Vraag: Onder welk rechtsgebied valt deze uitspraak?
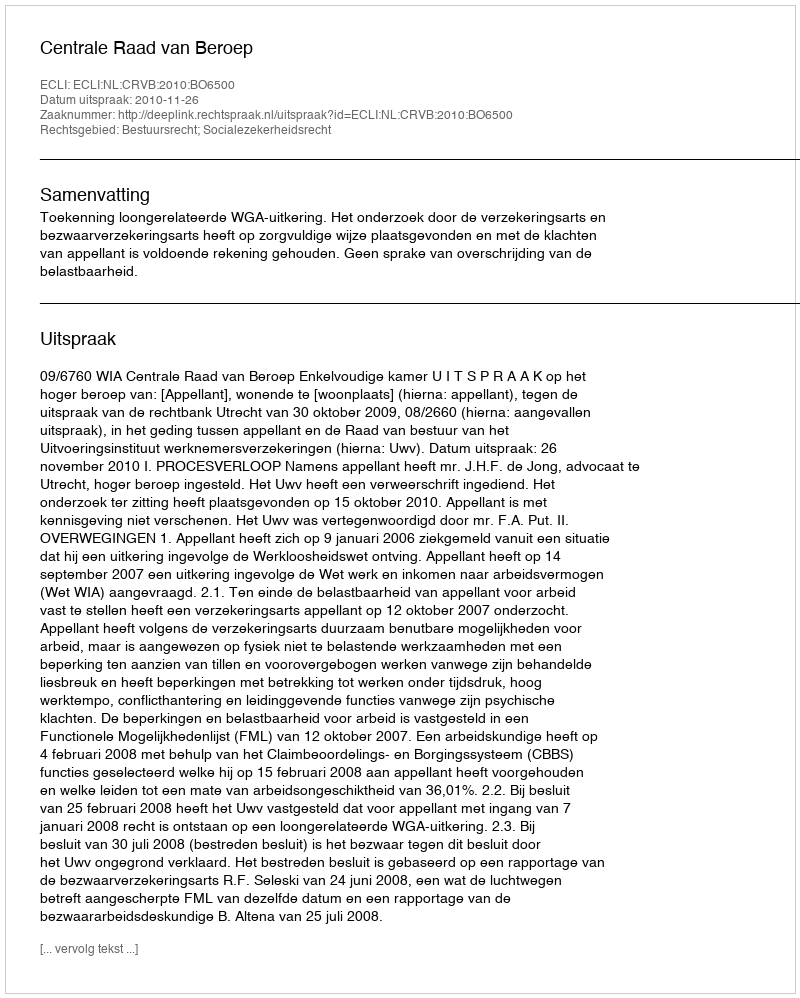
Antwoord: Bestuursrecht; Socialezekerheidsrecht